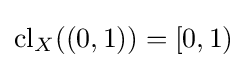
\operatorname {cl} _{X}((0,1))=[0,1)